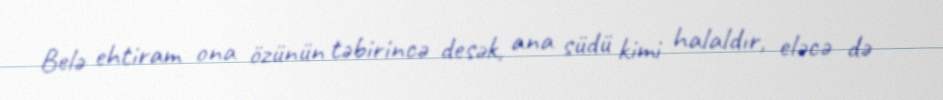
Belə ehtiram ona özünün təbirincə desək, ana südü kimi halaldır, eləcə də